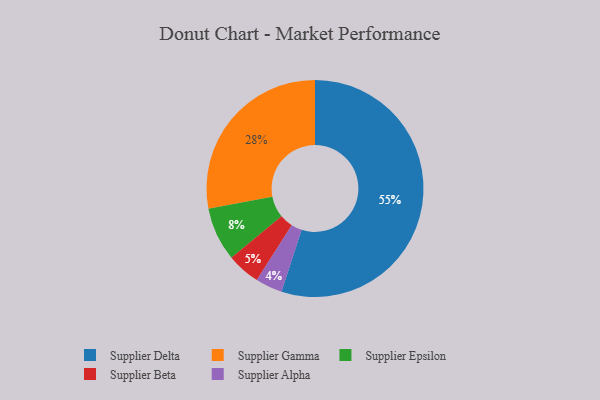
{"axis": {"x": "Category", "y": "Percentage"}, "legend": ["Supplier Alpha", "Supplier Beta", "Supplier Delta", "Supplier Epsilon", "Supplier Gamma"], "data": [{"x": "Supplier Alpha", "y": 4, "type": "Supplier Alpha"}, {"x": "Supplier Gamma", "y": 28, "type": "Supplier Gamma"}, {"x": "Supplier Delta", "y": 55, "type": "Supplier Delta"}, {"x": "Supplier Beta", "y": 5, "type": "Supplier Beta"}, {"x": "Supplier Epsilon", "y": 8, "type": "Supplier Epsilon"}]}